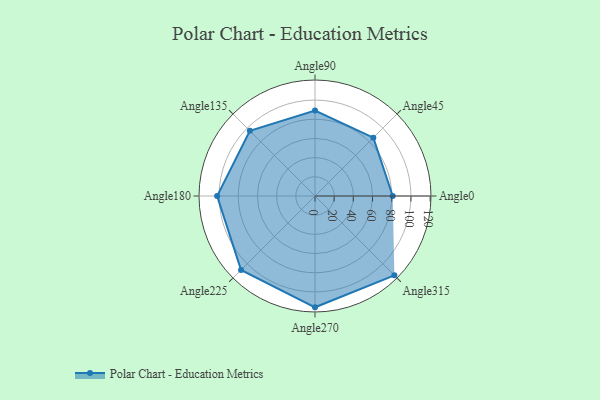
{"axis": {"x": "Angle", "y": "Radius"}, "legend": [""], "data": [{"x": "Angle0", "y": 81.0, "type": ""}, {"x": "Angle45", "y": 86.0, "type": ""}, {"x": "Angle90", "y": 89.0, "type": ""}, {"x": "Angle135", "y": 96.0, "type": ""}, {"x": "Angle180", "y": 102.0, "type": ""}, {"x": "Angle225", "y": 109.0, "type": ""}, {"x": "Angle270", "y": 116.0, "type": ""}, {"x": "Angle315", "y": 117.0, "type": ""}]}